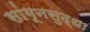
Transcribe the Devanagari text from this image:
सांगूनसुद्धा